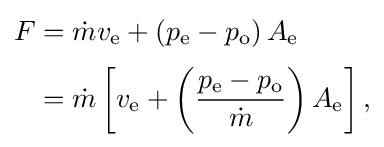
{\begin{aligned}F&={\dot {m}}v_{\text{e}}+\left(p_{\text{e}}-p_{\text{o}}\right)A_{\text{e}}\\[2pt]&={\dot {m}}\left[v_{\text{e}}+\left({\frac {p_{\text{e}}-p_{\text{o}}}{\dot {m}}}\right)A_{\text{e}}\right],\end{aligned}}